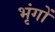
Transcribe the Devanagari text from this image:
भृंगों